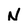
Character: N